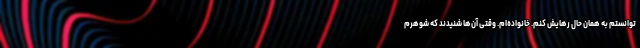
‌توانستم به همان حال رهایش کنم. خانواده‌ام. وقتی آن‌ها شنیدند که شوهرم